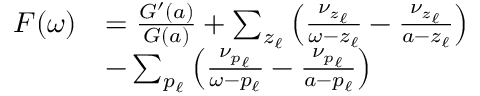
\begin{array} { r } { \begin{array} { r l } { F ( \omega ) } & { = \frac { G ^ { \prime } ( a ) } { G ( a ) } + \sum _ { z _ { \ell } } \left( \frac { \nu _ { z _ { \ell } } } { \omega - z _ { \ell } } - \frac { \nu _ { z _ { \ell } } } { a - z _ { \ell } } \right) } \\ & { - \sum _ { p _ { \ell } } \left( \frac { \nu _ { p _ { \ell } } } { \omega - p _ { \ell } } - \frac { \nu _ { p _ { \ell } } } { a - p _ { \ell } } \right) } \end{array} } \end{array}